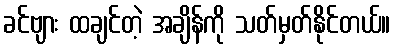
ခင်ဗျား ထချင်တဲ့ အချိန်ကို သတ်မှတ်နိုင်တယ်။